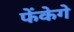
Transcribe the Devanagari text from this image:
फेंकेगे